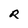
Character: R